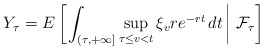
\begin{align*}Y_{\tau} = E\left[\left.\int_{(\tau,+\infty]}\sup_{\tau \leq v < t}\xi_v re^{-rt}\,dt \,\right\vert\,\mathcal{F}_{\tau} \right]\end{align*}